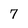
Character: 7